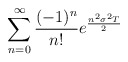
\begin{align*}\sum_{n=0}^{\infty }\frac{(-1)^{n}}{n!}e^{\frac{n^{2}\sigma ^{2}T}{2}}\end{align*}